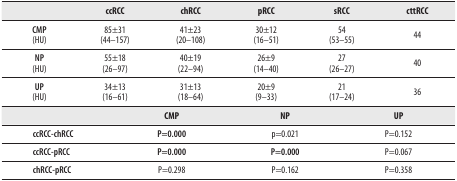
<table><thead><tr><td></td><td><b>ccRCC</b></td><td><b>chRCC</b></td><td><b>pRCC</b></td><td><b>sRCC</b></td><td><b>cttRCC</b></td></tr></thead><tbody><tr><td><b>CMP</b> (HU)</td><td>85±31 (44–157)</td><td>41±23 (20–108)</td><td>30±12 (16–51)</td><td>54 (53–55)</td><td>44</td></tr><tr><td><b>NP</b> (HU)</td><td>55±18 (26–97)</td><td>40±19 (22–94)</td><td>26±9 (14–40)</td><td>27 (26–27)</td><td>40</td></tr><tr><td><b>UP</b> (HU)</td><td>34±13 (16–61)</td><td>31±13 (18–64)</td><td>20±9 (9–33)</td><td>21 (17–24)</td><td>36</td></tr><tr><td></td><td colspan="2"><b>CMP</b></td><td colspan="2"><b>NP</b></td><td><b>UP</b></td></tr><tr><td><b>ccRCC-chRCC</b></td><td colspan="2"><b>P=0.000</b></td><td colspan="2">p=0.021</td><td>P=0.152</td></tr><tr><td><b>ccRCC-pRCC</b></td><td colspan="2"><b>P=0.000</b></td><td colspan="2"><b>P=0.000</b></td><td>P=0.067</td></tr><tr><td><b>chRCC-pRCC</b></td><td colspan="2">P=0.298</td><td colspan="2">P=0.162</td><td>P=0.358</td></tr></tbody></table>